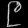
Digit: ၉